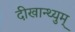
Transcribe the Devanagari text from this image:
दीखान्थ्युम्